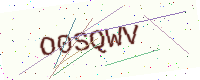
Text: O0SQWV